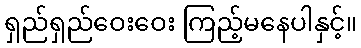
ရှည်ရှည်ဝေးဝေး ကြည့်မနေပါနှင့်။